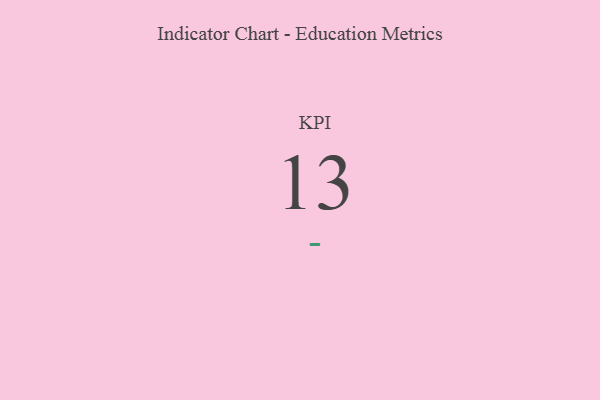
{"axis": {"x": "KPI", "y": "Value"}, "legend": [""], "data": [{"x": "KPI", "y": 13, "type": ""}]}